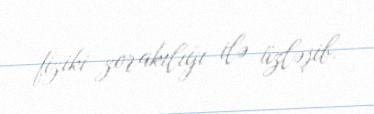
fiziki zorakılığı ilə üzləşib.